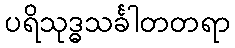
ပရိသုဒ္ဓသင်္ခါတတရာ